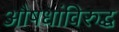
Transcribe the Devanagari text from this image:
औषधांविरुद्ध